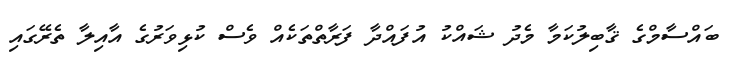
ބައްސާމްގެ ޤާބިލުކަމާ މެދު ޝައްކު އުފައްދާ ފަރާތްތަކެއް ވެސް ކުޅިވަރުގެ އާއިލާ ތެރޭގައި